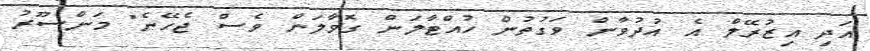
އަދި އިޒުރޭލް އެ އުދުވާން ވަގުތުން ހުއްޓާލަން ގޮވާލަން ވެސް ޖެހޭނެ" މަންސޫރު